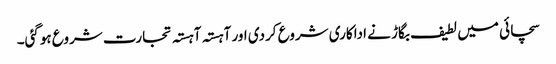
سچائی میں لطیف بگاڑ نے اداکاری شروع کردی اور آہستہ آہستہ تجارت شروع ہوگئی۔